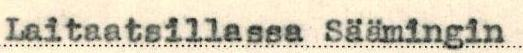
Laitaatsillassa Säämingin